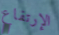
الإرتفاع